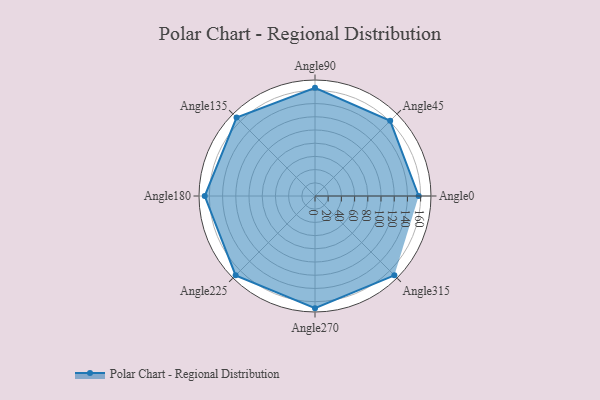
{"axis": {"x": "Angle", "y": "Radius"}, "legend": [""], "data": [{"x": "Angle0", "y": 157.0, "type": ""}, {"x": "Angle45", "y": 161.0, "type": ""}, {"x": "Angle90", "y": 164.0, "type": ""}, {"x": "Angle135", "y": 168.0, "type": ""}, {"x": "Angle180", "y": 167.0, "type": ""}, {"x": "Angle225", "y": 170, "type": ""}, {"x": "Angle270", "y": 170, "type": ""}, {"x": "Angle315", "y": 170, "type": ""}]}